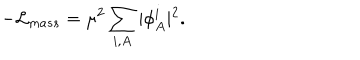
- { \cal L } _ { m a s s } = \mu ^ { 2 } \sum _ { i , A } \vert \phi _ { A } ^ { i } \vert ^ { 2 } .